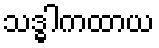
သဒ္ဓါကထာယ